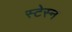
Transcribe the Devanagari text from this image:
स्टेस्न